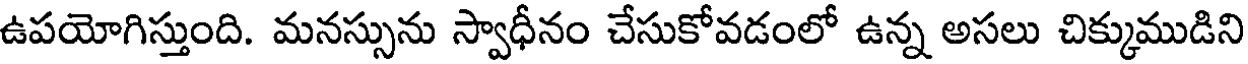
ఉపయోగిస్తుంది. మనస్సును స్వాధీనం చేసుకోవడంలో ఉన్న అసలు చిక్కుముడిని